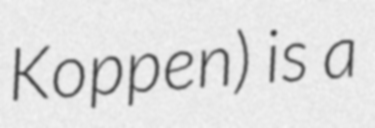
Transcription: Koppen) is a